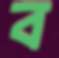
ব